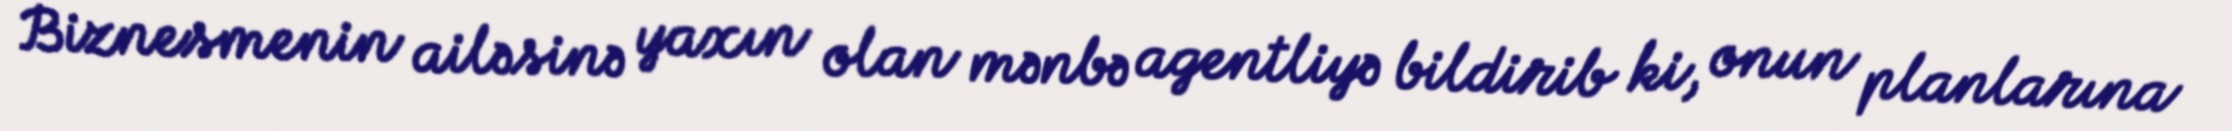
Biznesmenin ailəsinə yaxın olan mənbə agentliyə bildirib ki, onun planlarına